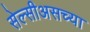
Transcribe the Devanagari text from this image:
सेल्सीअसच्या